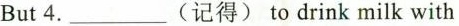
But 4.____(记得) to drink milk with